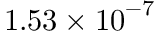
1 . 5 3 \times { { 1 0 } ^ { - 7 } }